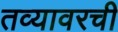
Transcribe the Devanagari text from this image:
तव्यावरची